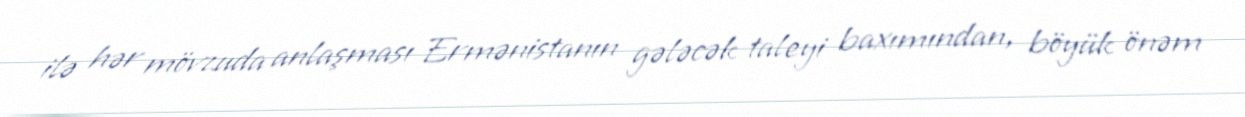
ilə hər mövzuda anlaşması Ermənistanın gələcək taleyi baxımından, böyük önəm